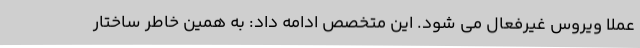
عملا ویروس غیرفعال می شود. این متخصص ادامه داد: به همین خاطر ساختار